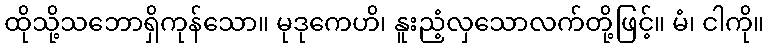
ထိုသို့သဘောရှိကုန်သော။ မုဒုကေဟိ၊ နူးညံ့လှသောလက်တို့ဖြင့်။ မံ၊ ငါကို။